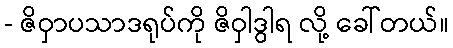
- ဇိဝှာပသာဒရုပ်ကို ဇိဝှါဒွါရ လို့ ခေါ်တယ်။